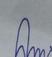
Signature authenticity: forged